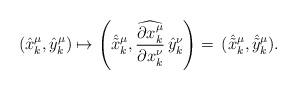
LaTeX: \begin{align*}(\hat{x}^\mu_k,\hat{y}^\mu_k)\mapsto \left(\hat{\tilde{x}}^\mu_k,\widehat{\frac{\partial {x}^\mu_k}{\partial x^\nu_k}}\,\hat{y}^\nu_k\right)=\,(\hat{\tilde{x}}^\mu_k, \hat{\tilde{y}}^\mu_k).\end{align*}